Bombay plague: being a history of the progress of plague in the Bombay presidency from September 1896 to June 1899
Year: 1896
Disease focus: Plague
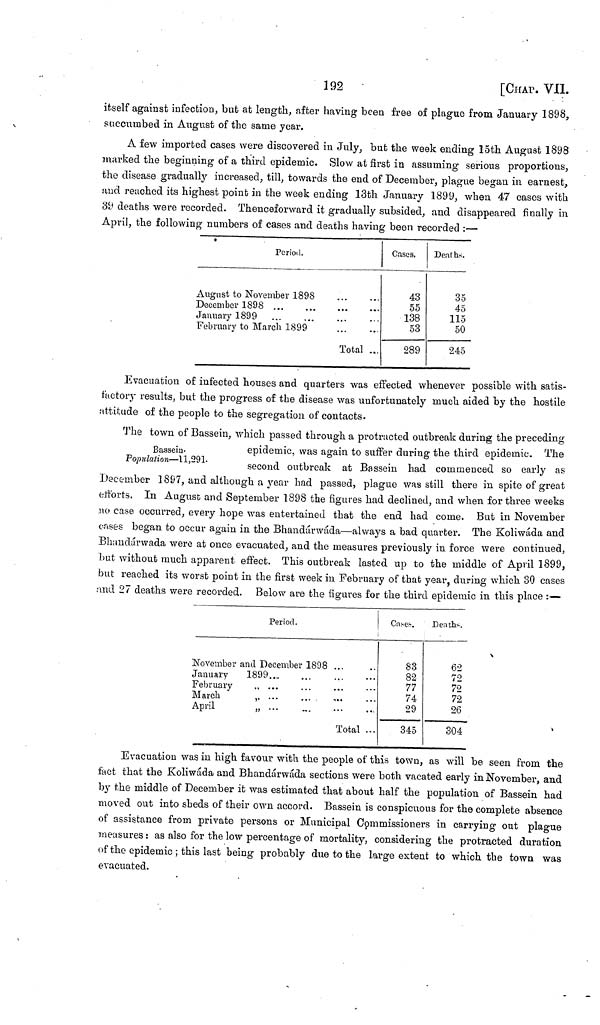
192
[CHAP. VII.
itself against infection, but at length, after having been free of plague from January 1898,
succumbed in August of the same year.
A few imported cases were discovered in July, but the week ending 15th August 1898
marked the beginning of a third epidemic. Slow at first in assuming serious proportions,
the disease gradually increased, till, towards the end of December, plague began in earnest,
and reached its highest point in the week ending 13th January 1899, when 47 cases with
39 deaths were recorded. Thenceforward it gradually subsided, and disappeared finally in
April, the following numbers of cases and deaths having been recorded :—
Period.
August to November 1898
December 1898 ... ...
January 1899... ...
February to March 1899
...
...
Total ...
Cases.
43
55
138
53
289
Deaths.
35
45
115
50
245
Evacuation of infected houses and quarters was effected whenever possible with satis-
factory results, but the progress of the disease was unfortunately much aided by the hostile
attitude of the people to the segregation of contacts.
ßassein
Population—11,291-
The town of Bassein, which passed through a protracted outbreak during the preceding-
epidemic, was again to suffer during the third epidemic. The
second outbreak at Bassein had commenced so early as
December 1897, and although a year had passed, plague was still there in spite of great
efforts. In August and September 1898 the figures had declined, and when for three weeks
no case occurred, every hope was entertained that the end had come. But in November
cases began to occur again in the Bhandárwáda—always a bad quarter. The Koliwáda and
Bhandárwada were at once evacuated, and the measures previously in force were continued,
but without much apparent effect. This outbreak lasted up to the middle of April 1899,
but reached its worst point in the first week in February of that year, during which 30 cases
and 27 deaths were recorded. Below are the figures for the third epidemic in this place :—
Period.
November and December 1898 ... ...
January
189
February
,,
March
,,
April
„
3...
...
...
...
...
Total ...
Cases.
83
82
77
74
29
345
Deaths.
62
72
72
72
26
304
Evacuation was in high favour with the people of this town, as will be seen from the
fact that the Koliwáda and Bhandárwáda sections were both vacated early in November, and
by the middle of December it was estimated that about half the population of Bassein had
moved out into sheds of their own accord. Bassein is conspicuous for the complete absence
of assistance from private persons or Municipal Commissioners in carrying out plague
measures : as also for the low percentage of mortality, considering the protracted duration
of the epidemic ; this last being probably due to the large extent to which the town was
evacuated.